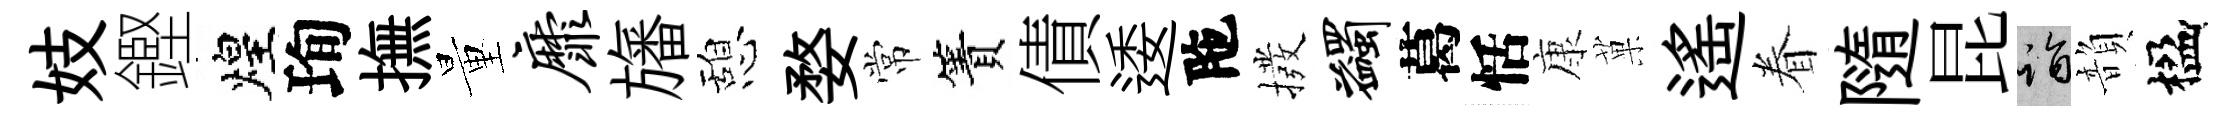
妓鏗煌珣撫量靡旛憩婺常簀債逶陁撥蠲葛恬康菓遙眷隨昆诣韻楹